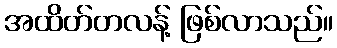
အထိတ်တလန့် ဖြစ်လာသည်။